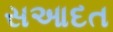
સઆદત